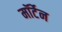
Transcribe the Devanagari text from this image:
मॉर्टेन